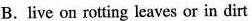
B.live on rotting leaves or in dirt